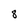
Character: 8